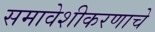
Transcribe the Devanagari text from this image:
समावेशीकरणाचे